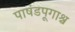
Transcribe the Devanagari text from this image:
पाषंडपूगाश्च